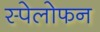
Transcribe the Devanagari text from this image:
स्पेलोफन